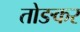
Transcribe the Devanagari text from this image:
तोङकर